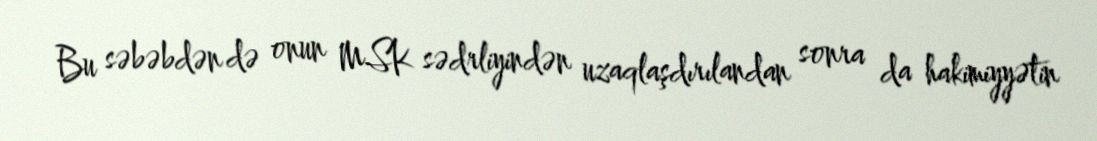
Bu səbəbdən də onun MSK sədrliyindən uzaqlaşdırılandan sonra da hakimiyyətin